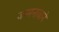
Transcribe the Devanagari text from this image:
जन्मनावाने